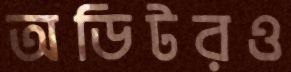
অডিটরও